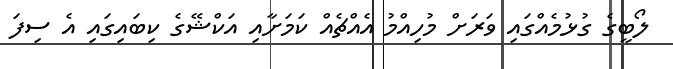
ލޯބީގެ ގުޅުމެއްގައި ވަރަށް މުހިއްމު އެއްޗެއް ކަމަށާއި އަކްޝޭގެ ކިބައިގައި އެ ސިފަ